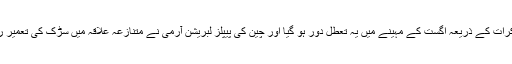
لیکن مذاکرات کے ذریعہ اگست کے مہینے میں یہ تعطل دور ہو گیا اور چین کی پیپلز لبریشن آرمی نے متنازعہ علاقہ میں سڑک کی تعمیر روک دی۔